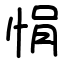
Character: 悁